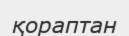
қораптан